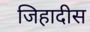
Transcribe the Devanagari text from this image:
जिहादीस